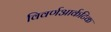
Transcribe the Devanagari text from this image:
विवर्णआर्कटिक